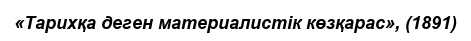
«Тарихқа деген материалистік көзқарас», (1891)